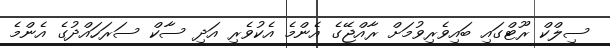
ސިލްކް ރޫޓްގައި ބައިވެރިވުމަށް ރާއްޖޭގެ އެންމެ އެކުވެރި އަދި ސާކް ސަރަހައްދުގެ އެންމެ